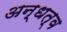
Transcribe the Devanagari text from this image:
अन्धत्व